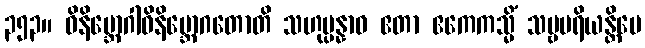
၃၅၃။ ဝိနိဗ္ဘောဂါဝိနိဗ္ဘောဂတောတိ သဟုပ္ပန္နာဝ ဧတာ ဧကေကသ္မိံ သဗ္ဗပရိယန္တိမေ